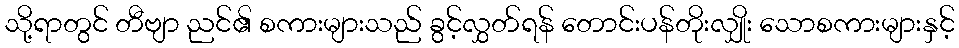
သို့ရာတွင် တီဗျာ ညင်၏ စကားများသည် ခွင့်လွှတ်ရန် တောင်းပန်တိုးလျှိုး သောစကားများနှင့်